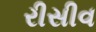
રીસીવ